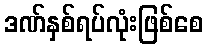
ဒဏ်နှစ်ရပ်လုံးဖြစ်စေ